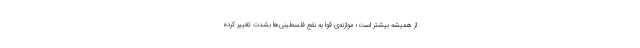
از همیشه بیشتر است؛ موازنه‌ی قوا به نفع فلسطینی‌ها بشدّت تغییر کرده